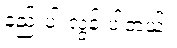
နည်းပါးလွန်းပါတယ်။